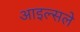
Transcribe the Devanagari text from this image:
आइल्सले